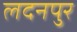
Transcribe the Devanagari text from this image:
लदनपुर